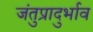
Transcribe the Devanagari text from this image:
जंतुप्रादुर्भाव